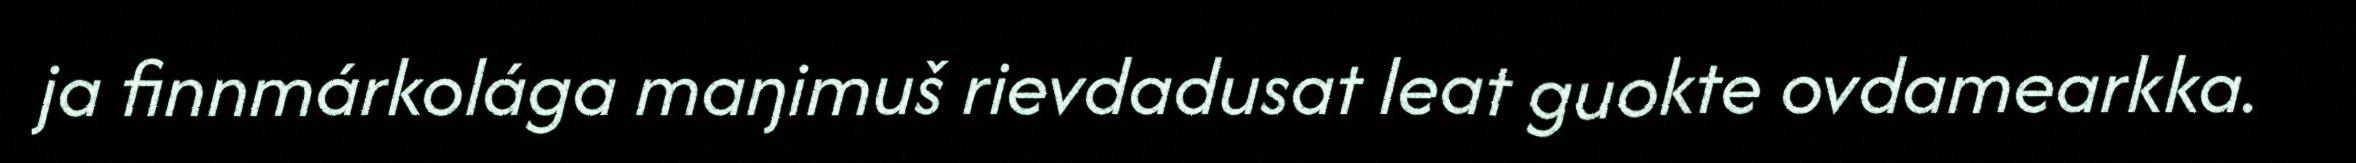
ja finnmárkolága maŋimuš rievdadusat leat guokte ovdamearkka.